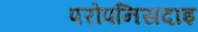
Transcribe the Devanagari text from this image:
परोपनिसदाइ